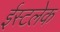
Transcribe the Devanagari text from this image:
ईस्टलेक